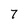
Character: 7